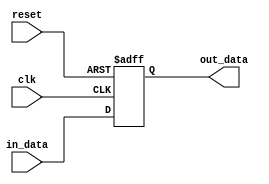
`timescale 1ns / 1ps
//////////////////////////////////////////////////////////////////////////////////
// Company: 
// Engineer: 
// 
// Design Name: 
// Module Name: PorgramCounter
// Project Name: 
// Target Devices: 
// Tool Versions: 
// Description: 
// 
// Dependencies: 
// 
// Revision:
// Revision 0.01 - File Created
// Additional Comments:
// 
//////////////////////////////////////////////////////////////////////////////////


module ProgramCounter(
    input clk,
    input reset,
    input [31:0] in_data,
    output reg [31:0] out_data
    );
  reg [31:0]data;
  always @(posedge clk or posedge reset)
     begin 
      if(reset)
        out_data <= 32'd0;
      else
        out_data <=in_data;

   		end

endmodule